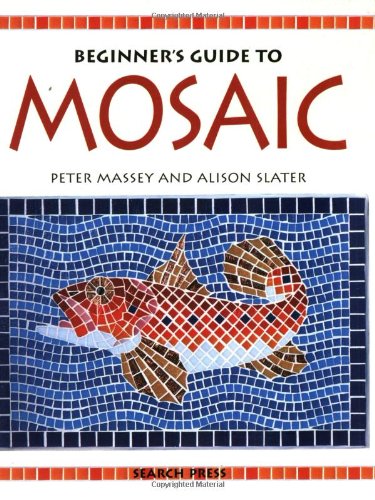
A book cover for Beginner's Guide to Mosaic; Peter Massey; Crafts, Hobbies & Home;